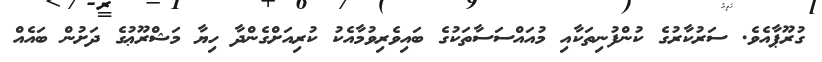
ގުރޫޕާއެވެ. ސަރުކާރުގެ ކުންފުނިތަކާއި މުއައްސަސާތަކުގެ ބައިވެރިވުމާއެކު ކުރިއަށްގެންދާ ހިޔާ މަޝްރޫޢުގެ ދަށުން ބައެއް